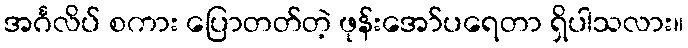
အင်္ဂလိပ် စကား ပြောတတ်တဲ့ ဖုန်းအော်ပရေတာ ရှိပါသလား။